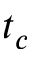
t _ { c }